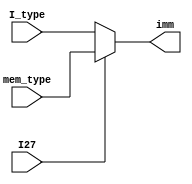
`timescale 1ns / 1ps

module mux_imm(
	input [15:0] mem_type,
	input [15:0] I_type,
	input [0:0] I27,
	output [15:0] imm
    );

	assign imm = I27 ? mem_type : I_type;

endmodule